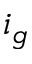
i _ { g }